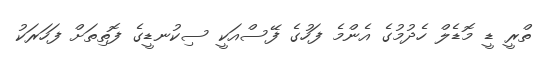
ތްރީ ޑީ މޮޑެލް ހެދުމުގެ އެންމެ ފަހުގެ ފޭސްއަކީ ސިކުނޑީގެ ފޮތިތަށް ފަހަރަކު